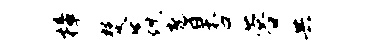
樟焚焱耆杏蓉共